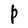
Character: P